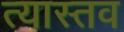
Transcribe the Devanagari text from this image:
त्यास्तव